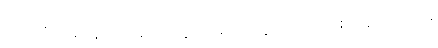
က ရတဲ့အတွက် အငြင်းပွားစရာတွေလည်း ဖြစ်နေပါတယ်။